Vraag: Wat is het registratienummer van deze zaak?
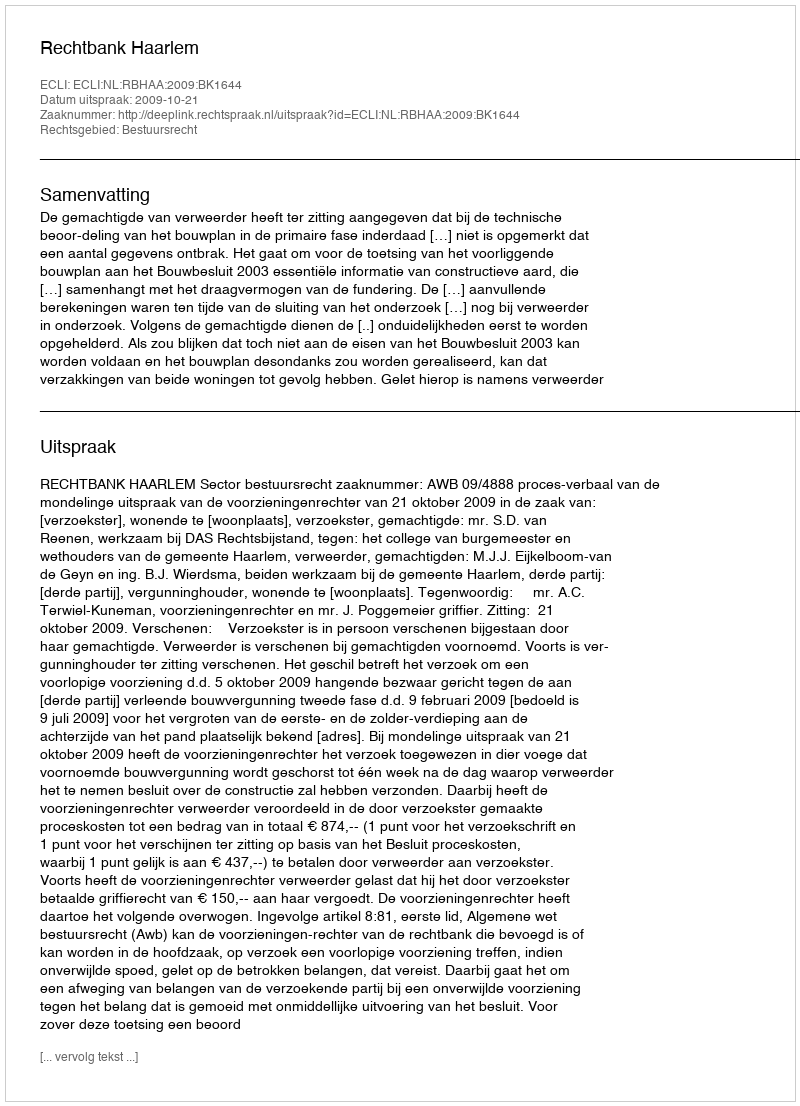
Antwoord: http://deeplink.rechtspraak.nl/uitspraak?id=ECLI:NL:RBHAA:2009:BK1644